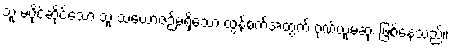
သူ မပိုင်ဆိုင်သော သူ သံယောဇဉ်မရှိသော ထွန်စက်အတွက် ဂုဏ်ယူမဆုံး ဖြစ်နေသည်။